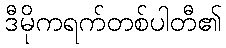
ဒီမိုကရက်တစ်ပါတီ၏